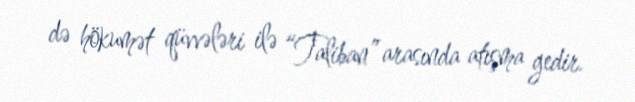
də hökumət qüvvələri ilə “Taliban” arasında atışma gedir.